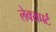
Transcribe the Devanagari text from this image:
लेक्सपर्ट